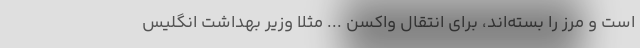
است و مرز را بسته‌اند، برای انتقال واکسن ... مثلاً وزیر بهداشت انگلیس